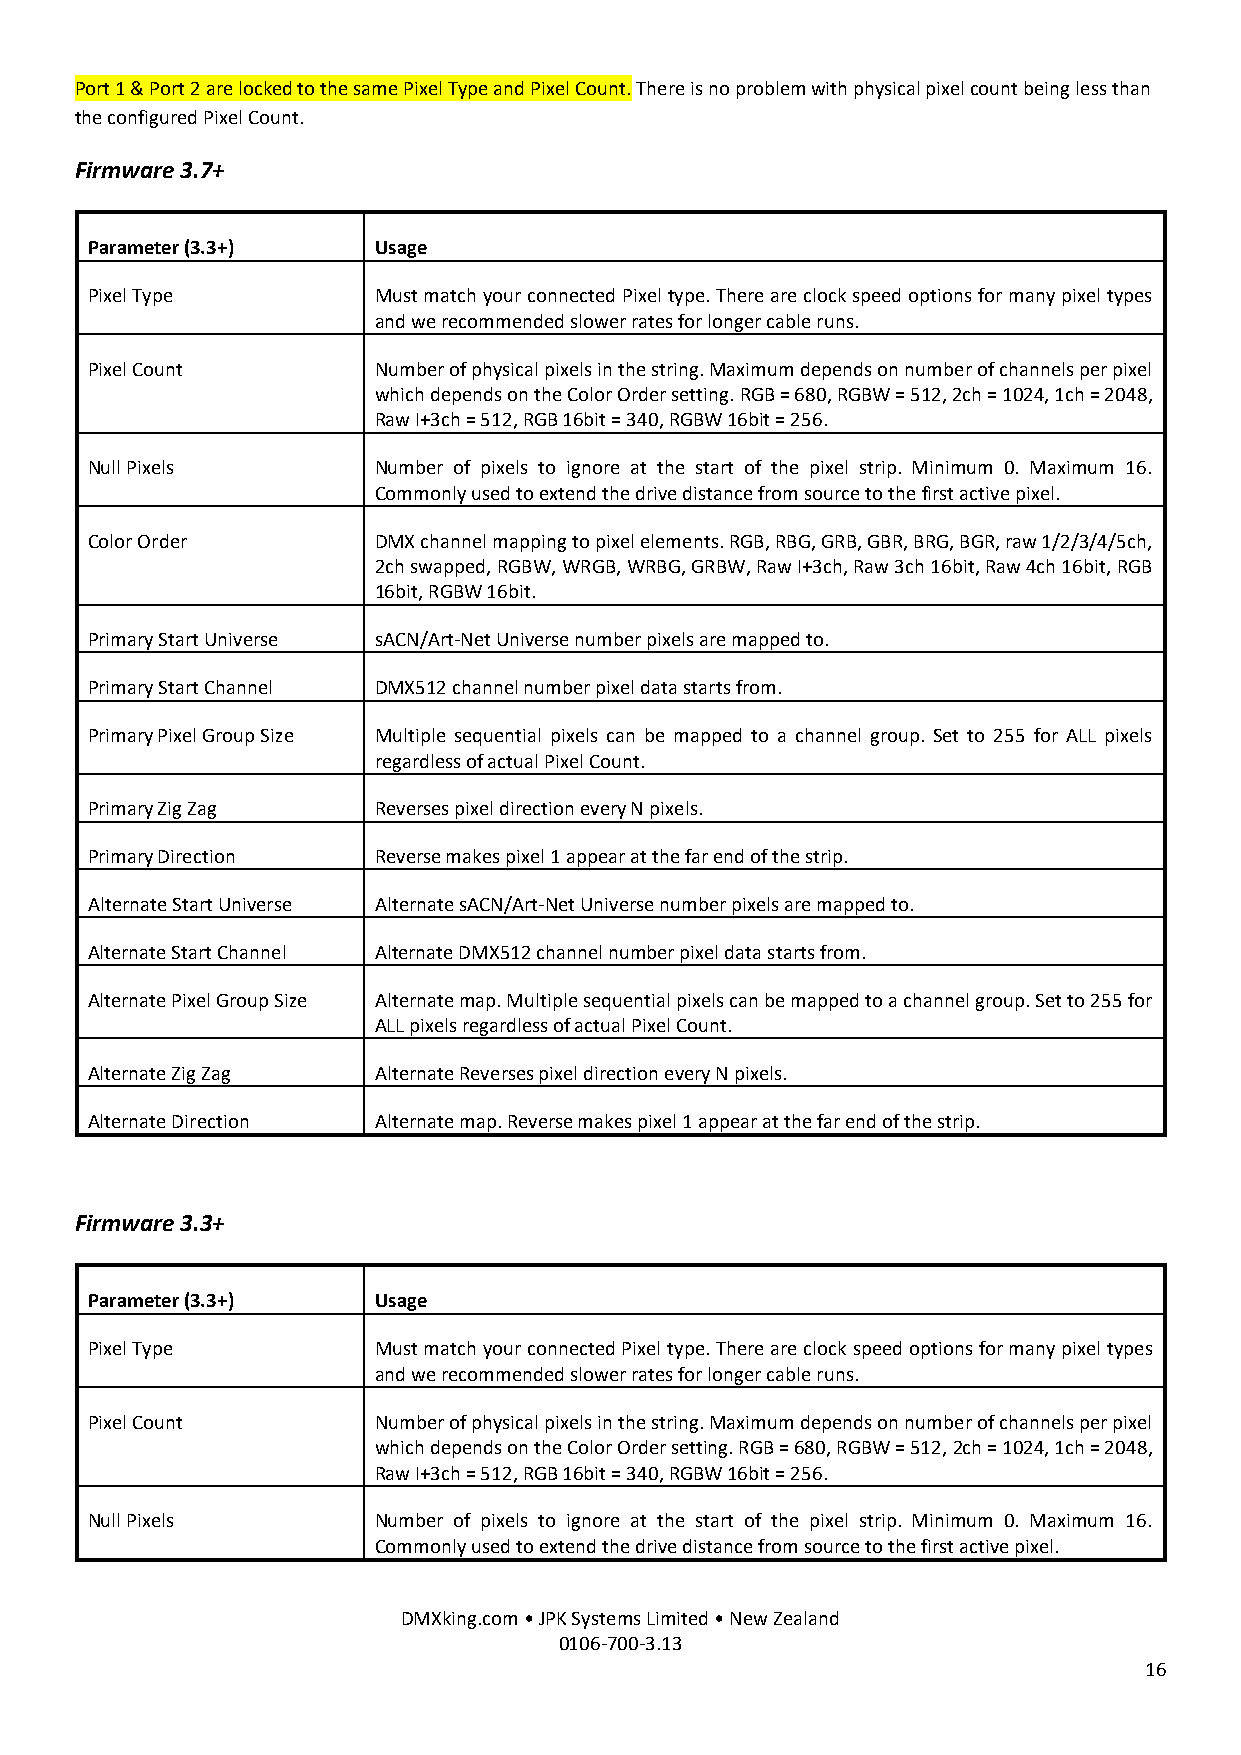
Port 1 & Port 2 are locked to the same Pixel Type and Pixel Count. There is no problem with physical pixel count being less than
 the configured Pixel Count.
 Firmware 3.7+
 Parameter (3.3+)   Usage
 Pixel Type         Must match your connected Pixel type. There are clock speed options for many pixel types
 and we recommended slower rates for longer cable runs.
 Pixel Count        Number of physical pixels in the string. Maximum depends on number of channels per pixel
 which depends on the Color Order setting. RGB = 680, RGBW = 512, 2ch = 1024, 1ch = 2048,
 Raw I+3ch = 512, RGB 16bit = 340, RGBW 16bit = 256.
 Null Pixels        Number of pixels to ignore at the start of the pixel strip. Minimum 0. Maximum 16.
 Commonly used to extend the drive distance from source to the first active pixel.
 Color Order        DMX channel mapping to pixel elements. RGB, RBG, GRB, GBR, BRG, BGR, raw 1/2/3/4/5ch,
 2ch swapped, RGBW, WRGB, WRBG, GRBW, Raw I+3ch, Raw 3ch 16bit, Raw 4ch 16bit, RGB
 16bit, RGBW 16bit.
 Primary Start Universe sACN/Art-Net Universe number pixels are mapped to.
 Primary Start Channel DMX512 channel number pixel data starts from.
 Primary Pixel Group Size Multiple sequential pixels can be mapped to a channel group. Set to 255 for ALL pixels
 regardless of actual Pixel Count.
 Primary Zig Zag    Reverses pixel direction every N pixels.
 Primary Direction  Reverse makes pixel 1 appear at the far end of the strip.
 Alternate Start Universe Alternate sACN/Art-Net Universe number pixels are mapped to.
 Alternate Start Channel Alternate DMX512 channel number pixel data starts from.
 Alternate Pixel Group Size Alternate map. Multiple sequential pixels can be mapped to a channel group. Set to 255 for
 ALL pixels regardless of actual Pixel Count.
 Alternate Zig Zag  Alternate Reverses pixel direction every N pixels.
 Alternate Direction Alternate map. Reverse makes pixel 1 appear at the far end of the strip.
 Firmware 3.3+
 Parameter (3.3+)   Usage
 Pixel Type         Must match your connected Pixel type. There are clock speed options for many pixel types
 and we recommended slower rates for longer cable runs.
 Pixel Count        Number of physical pixels in the string. Maximum depends on number of channels per pixel
 which depends on the Color Order setting. RGB = 680, RGBW = 512, 2ch = 1024, 1ch = 2048,
 Raw I+3ch = 512, RGB 16bit = 340, RGBW 16bit = 256.
 Null Pixels        Number of pixels to ignore at the start of the pixel strip. Minimum 0. Maximum 16.
 Commonly used to extend the drive distance from source to the first active pixel.
 DMXking.com • JPK Systems Limited • New Zealand
 0106-700-3.13
 16